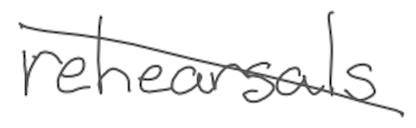
Text: rehearsals
Cross-out: mix
Writing tool: digital_gray